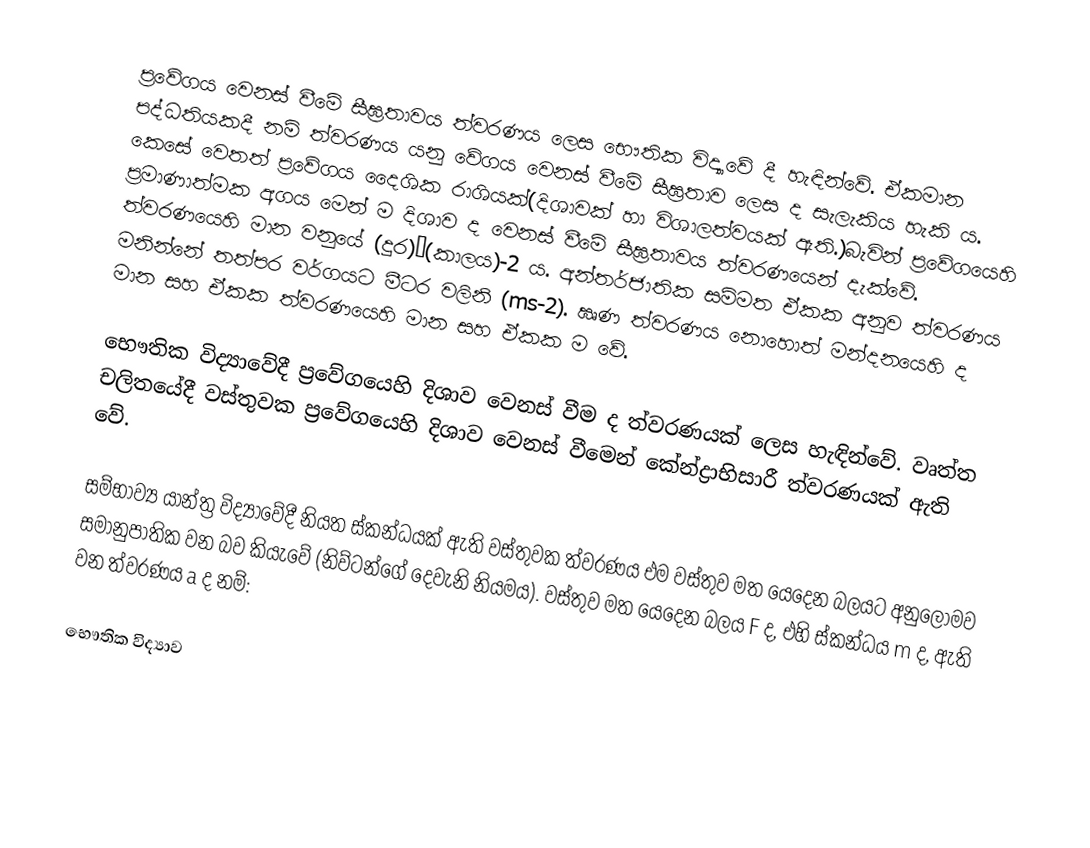
ප්‍රවේගය වෙනස් වීමේ සීඝ්‍රතාවය ත්වරණය ලෙස භෞතික විද්‍යාවේ දී හැඳින්වේ. ඒකමාන පද්ධතියකදී නම් ත්වරණය යනු වේගය වෙනස් වීමේ සීඝ්‍රතාව ලෙස ද සැලැකිය හැකි ය. කෙසේ වෙතත් ප්‍රවේගය දෛශික රාශියක්(දිශාවක් හා විශාලත්වයක් ඇති.)බැවින් ප්‍රවේගයෙහි ප්‍රමාණාත්මක අගය මෙන් ම දිශාව ද වෙනස් වීමේ සීඝ්‍රතාවය ත්වරණයෙන් දැක්වේ. ත්වරණයෙහි ‍මාන වනුයේ (දුර)×(කාලය)-2 ය. අන්තර්ජාතික සම්මත ඒකක අනුව ත්වරණය මනින්නේ තත්පර වර්ගයට මීටර වලිනි (ms-2). ඍණ ත්වරණය නොහොත් මන්දනයෙහි ද මාන සහ ඒකක ත්වරණයෙහි මාන සහ ඒකක ම වේ.

භෞතික විද්‍යාවේදී ප්‍රවේගයෙහි දිශාව වෙනස් වීම ද ත්වරණයක් ලෙස හැඳින්වේ. වෘත්ත චලිතයේදී වස්තුවක ප්‍රවේගයෙහි දිශාව වෙනස් වීමෙන් කේන්ද්‍රාභිසාරී ත්වරණයක් ඇති වේ.

සම්භාව්‍ය යාන්ත්‍ර විද්‍යාවේදී නියත ස්කන්ධයක් ඇති වස්තුවක ත්වරණය එම වස්තුව මත යෙදෙන බලයට අනුලෝමව සමානුපාතික වන බව කියැවේ (නිව්ටන්ගේ දෙවැනි නියමය). වස්තුව මත යෙදෙන බලය F ද, එහි ස්කන්ධය m ද, ඇති වන ත්වරණය a ද නම්:

භෞතික විද්‍යාව